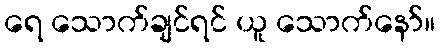
ရေ သောက်ချင်ရင် ယူ သောက်နော်။